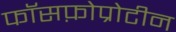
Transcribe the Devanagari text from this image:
फॉसफ़ोप्रोटीन